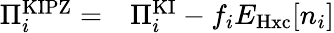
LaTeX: \begin{array}{rl}{\Pi_{i}^{\mathrm{KIPZ}}=}&{{}\Pi_{i}^{\mathrm{KI}}-f_{i}E_{\mathrm{Hxc}}[n_{i}]}\end{array}